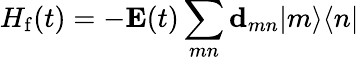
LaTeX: H_{\mathrm{f}}(t)=-{\mathbf E}(t)\sum_{mn}{\mathbf d}_{mn}|m\rangle\langle n|